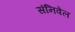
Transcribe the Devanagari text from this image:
संनिवेल